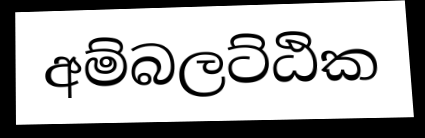
අම්බලට්ඨික